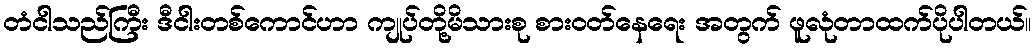
တံငါသည်ကြီး ဒီငါးတစ်ကောင်ဟာ ကျုပ်တို့မိသားစု စားဝတ်နေရေး အတွက် ဖူလုံတာထက်ပိုပါတယ်။